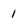
Character: 1